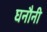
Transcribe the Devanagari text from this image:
घनौनी